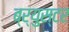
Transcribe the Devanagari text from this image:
ब्र्युस्टर